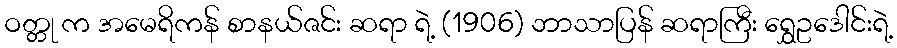
ဝတ္တု က အမေရိကန် စာနယ်ဇင်း ဆရာ ရဲ့ (1906) ဘာသာပြန် ဆရာကြီး ရွှေဥဒေါင်းရဲ့